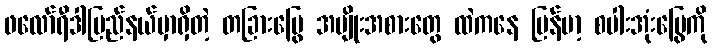
ဖလော်ရီဒါပြည်နယ်မှာရှိတဲ့ တခြားမြွေ အမျိုးအစားတွေ ထဲကနေ မြန်မာ့ စပါးအုံးမြွေကို